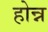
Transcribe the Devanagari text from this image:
होन्न